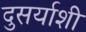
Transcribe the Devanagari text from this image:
दुसर्याशी